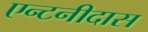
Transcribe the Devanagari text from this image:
एन्टनीदास